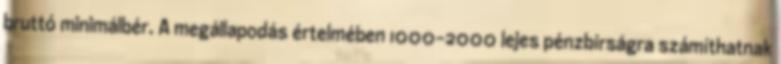
bruttó minimálbér. A megállapodás értelmében 1000-2000 lejes pénzbírságra számíthatnak